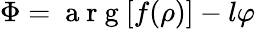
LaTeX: \Phi=\mathrm{~a~r~g~}[f(\rho)]-l\varphi